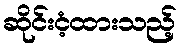
ဆိုင်းငံ့ထားသည့်